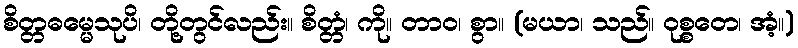
စိတ္တဓမ္မေသုပိ၊ တို့တွင်လည်း။ စိတ္တံ၊ ကို။ တာဝ၊ စွာ။ (မယာ၊ သည်။ ဝုစ္စတေ၊ အံ့။)